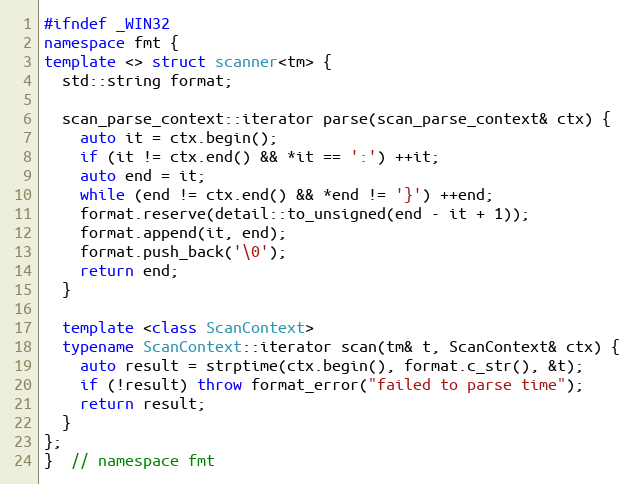
Language: C++
#ifndef _WIN32
namespace fmt {
template <> struct scanner<tm> {
  std::string format;

  scan_parse_context::iterator parse(scan_parse_context& ctx) {
    auto it = ctx.begin();
    if (it != ctx.end() && *it == ':') ++it;
    auto end = it;
    while (end != ctx.end() && *end != '}') ++end;
    format.reserve(detail::to_unsigned(end - it + 1));
    format.append(it, end);
    format.push_back('\0');
    return end;
  }

  template <class ScanContext>
  typename ScanContext::iterator scan(tm& t, ScanContext& ctx) {
    auto result = strptime(ctx.begin(), format.c_str(), &t);
    if (!result) throw format_error("failed to parse time");
    return result;
  }
};
}  // namespace fmt